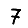
Digit: 7